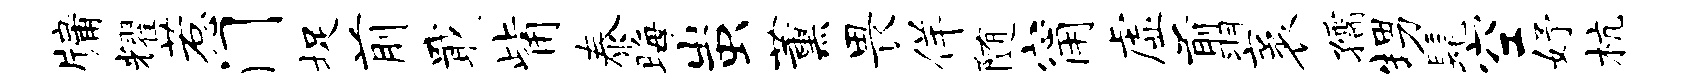
牖耀惹门捉前戢觜泰晦蚩薰畏佯随甯虚翦袤孺甥髦空妤杭